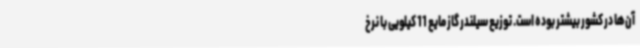
آن‌ها در کشور بیشتر بوده است. توزیع سیلندر گاز مایع 11 کیلویی با نرخ